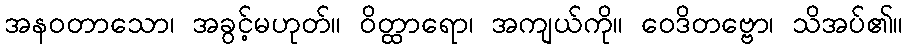
အနဝတာသော၊ အခွင့်မဟုတ်။ ဝိတ္ထာရော၊ အကျယ်ကို။ ဝေဒိတဗ္ဗော၊ သိအပ်၏။